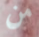
من